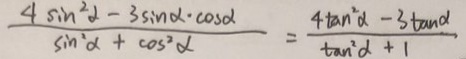
\frac { 4 \sin ^ { 2 } \alpha - 3 \sin \alpha \cdot \cos \alpha } { \sin ^ { 2 } \alpha + \cos ^ { 2 } \alpha } = \frac { 4 \tan ^ { 2 } \alpha - 3 \tan \alpha } { \tan ^ { 2 } \alpha + 1 }